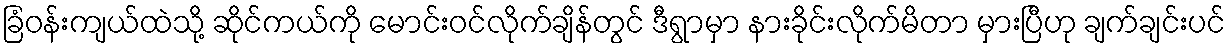
ခြံဝန်းကျယ်ထဲသို့ ဆိုင်ကယ်ကို မောင်းဝင်လိုက်ချိန်တွင် ဒီရွာမှာ နားခိုင်းလိုက်မိတာ မှားပြီဟု ချက်ချင်းပင်